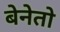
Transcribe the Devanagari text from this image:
बेनेतो